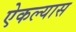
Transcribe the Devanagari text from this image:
ऐकल्यास